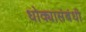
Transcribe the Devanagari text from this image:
धोक्यासंबंधी